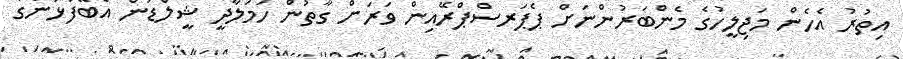
އިތުރު އެހެން މަޖިލީހުގެ މެންބަރުންނަށް ޕެޕަރސްޕްރޭއިން ވަރަށް ގާތުން ހަމަލާދީ ޝީލްޑުން އެބޭފުޅުންގެ